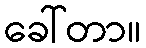
ခေါ်တာ။